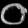
Digit: ၀